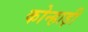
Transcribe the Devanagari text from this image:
कोन्हाड़ी